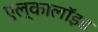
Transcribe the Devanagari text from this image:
एल्कालॉइड